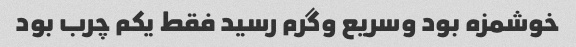
خوشمزه بود و‌سریع و‌گرم رسید فقط یکم چرب بود